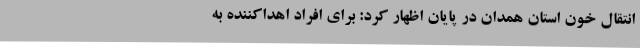
انتقال خون استان همدان در پایان اظهار کرد: برای افراد اهداکننده به